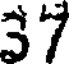
37